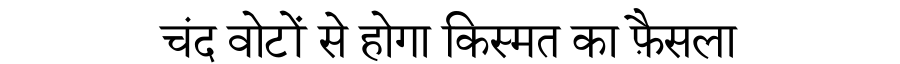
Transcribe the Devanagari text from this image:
चंद वोटों से होगा किस्मत का फ़ैसला